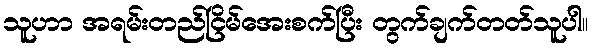
သူဟာ အရမ်းတည်ငြိမ်အေးစက်ပြီး တွက်ချက်တတ်သူပါ။